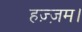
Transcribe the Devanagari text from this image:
हज़्ज़म।